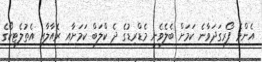
އެންމެ ފޯރިގަދަވާނެ ކަމަށް ބެލެވެނީ މެޑްރިޑުގެ ދެ ކްލަބް ކަމަށާއި ރެއާލާއި އެތުލެޓިކޯގެ